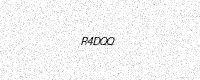
Text: R4DQQ